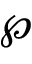
\wp